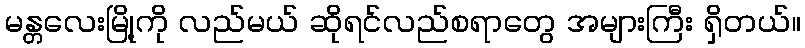
မန္တလေးမြို့ကို လည်မယ် ဆိုရင်လည်စရာတွေ အများကြီး ရှိတယ်။